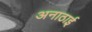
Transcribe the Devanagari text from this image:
अनाठाई